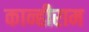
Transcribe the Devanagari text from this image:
कान्हीराम